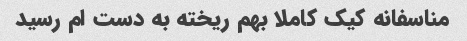
مناسفانه کیک کاملا بهم ریخته به دست ام رسید